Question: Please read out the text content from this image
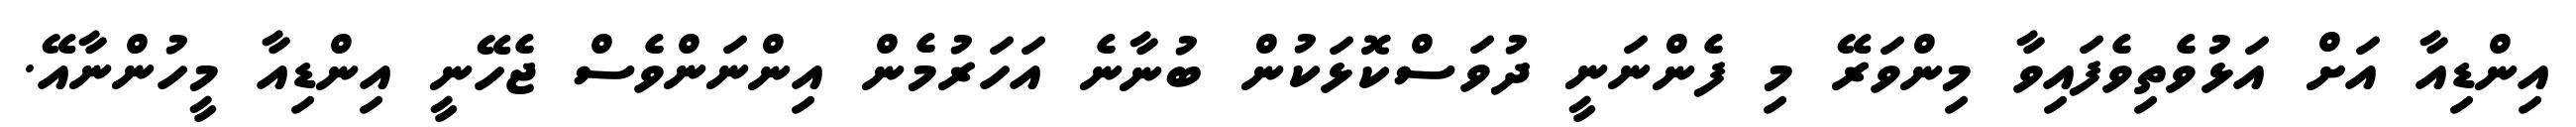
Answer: އިންޑިއާ އަށް އަޅުވެތިވެފައިވާ މިންވަރޭ މި ފެންނަނީ ދުވަސްކޮޅަކުން ބުނާނެ އަހަރުމެން އިންނަންވެސް ޖެހޭނީ އިންޑިއާ މީހުންނާއޭ.